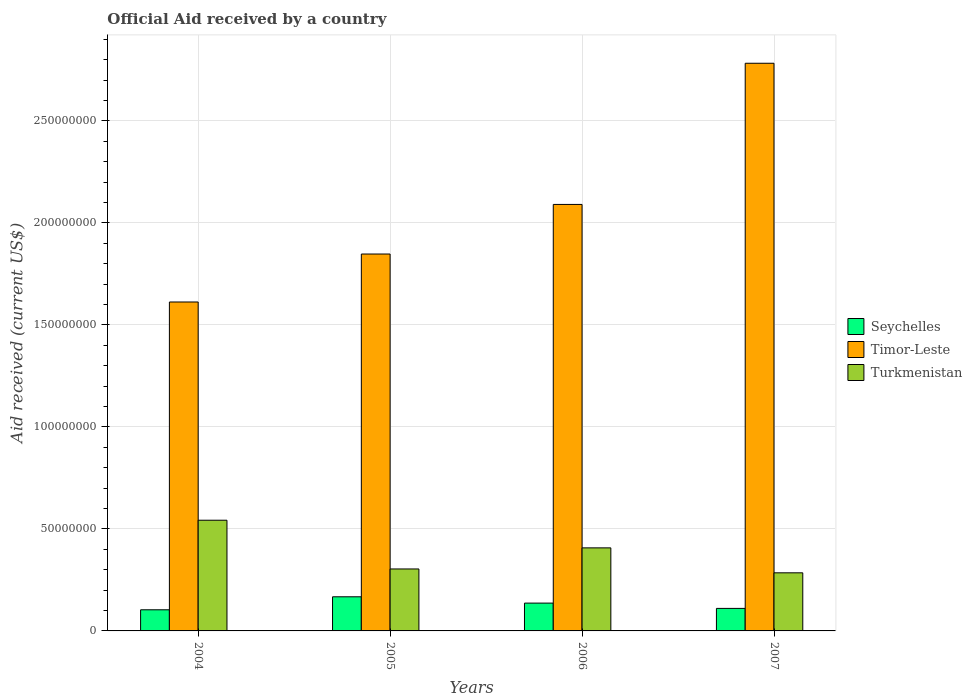
| Years | Seychelles | Timor-Leste | Turkmenistan |
 | --- | --- | --- | --- |
 | 2004 | 1.04e+07 | 1.61e+08 | 5.43e+07 |
 | 2005 | 1.67e+07 | 1.85e+08 | 3.04e+07 |
 | 2006 | 1.36e+07 | 2.09e+08 | 4.07e+07 |
 | 2007 | 1.1e+07 | 2.78e+08 | 2.85e+07 |